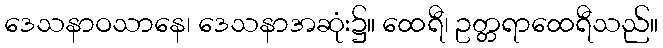
ဒေသနာဝသာနေ၊ ဒေသနာအဆုံး၌။ ထေရီ၊ ဥတ္တရာထေရီသည်။